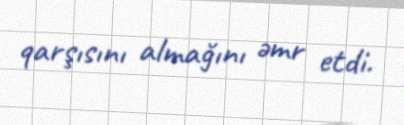
qarşısını almağını əmr etdi.